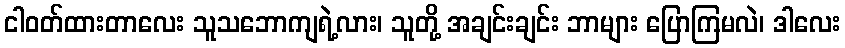
ငါဝတ်ထားတာလေး သူသဘောကျရဲ့လား၊ သူတို့ အချင်းချင်း ဘာများ ပြောကြမလဲ၊ ဒါလေး